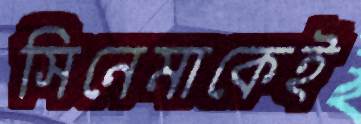
সিনেমাকেই